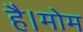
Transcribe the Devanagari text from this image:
है।मोम